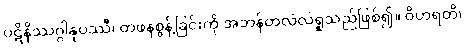
ပဋိနိဿဂ္ဂါနုပဿီ၊ တဖနစွန့်ခြင်းကို အဘန်တလဲလဲရှုသည်ဖြစ်၍။ ဝိဟရတိ၊